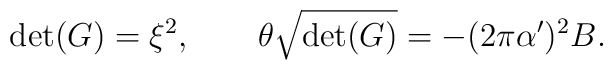
\det(G)=\xi^2, \qquad \theta \sqrt{\det(G)}=-( 2\pi \alpha')^2 B.